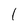
Character: l